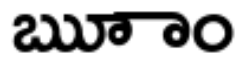
ౠాం